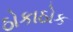
ઠોકાઠોક